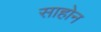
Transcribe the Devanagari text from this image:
साहोन